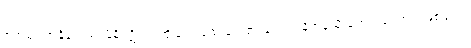
ဇရာမရဏနိရောဓဂါမိနိပဋိပဒံ၊ အိုခြင်း သေခြင်း၏ ချုပ်ရာ နိဗ္ဗာန်သို့ ရောက်ကြောင်းဖြစ်သော